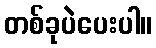
တစ်ခုပဲပေးပါ။